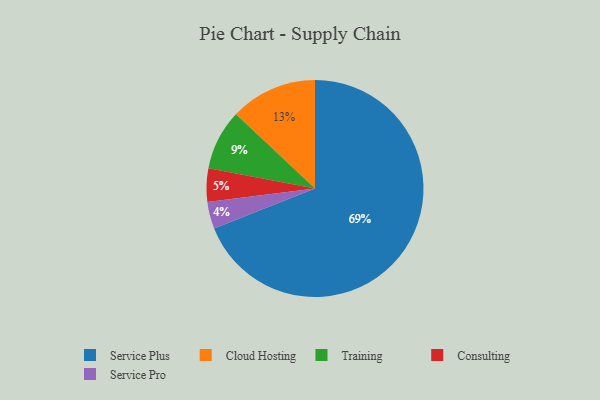
{"axis": {"x": "Category", "y": "Percentage"}, "legend": ["Cloud Hosting", "Consulting", "Service Plus", "Service Pro", "Training"], "data": [{"x": "Training", "y": 9, "type": "Training"}, {"x": "Service Pro", "y": 4, "type": "Service Pro"}, {"x": "Cloud Hosting", "y": 13, "type": "Cloud Hosting"}, {"x": "Consulting", "y": 5, "type": "Consulting"}, {"x": "Service Plus", "y": 69, "type": "Service Plus"}]}